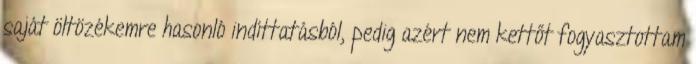
saját öltözékemre hasonló indíttatásból, pedig azért nem kettőt fogyasztottam